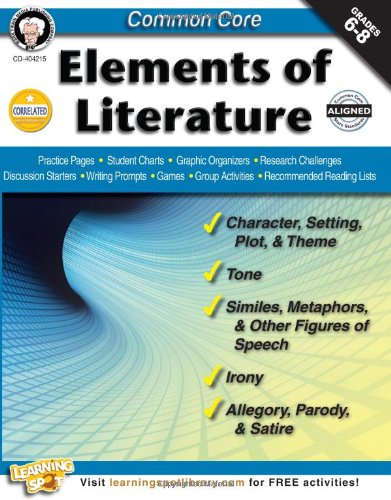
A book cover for Common Core: Elements of Literature, Grades 6 - 8; Linda Armstrong; Education & Teaching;